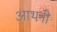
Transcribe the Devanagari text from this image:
आथनी